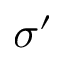
\sigma ^ { \prime }